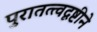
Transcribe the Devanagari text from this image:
पुरातत्त्वदृष्टीने